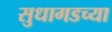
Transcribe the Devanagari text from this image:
सुधागडच्या